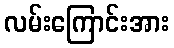
လမ်းကြောင်းအား